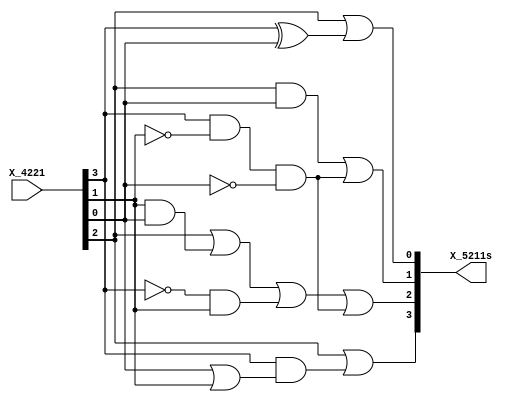
`timescale 1ns / 1ps
//////////////////////////////////////////////////////////////////////////////////
// Company: 
// Engineer: 
// 
// Design Name: 
// Module Name: BCD4221to5211s
// Project Name: 
// Target Devices: 
// Tool Versions: 
// Description: 
// 
// Dependencies: 
// 
// Revision:
// Revision 0.01 - File Created
// Additional Comments:
// 
//////////////////////////////////////////////////////////////////////////////////

module BCD4221to5211s(
    input [3:0] X_4221,
    output [3:0] X_5211s
    );

assign X_5211s[3] = X_4221[2] | (X_4221[3] & (X_4221[0] | X_4221[1]));
assign X_5211s[2] = X_4221[2] | (X_4221[1] & X_4221[0]) | (~X_4221[3] & X_4221[1]) |
                    (X_4221[3] & ~X_4221[1] & ~X_4221[0]);
assign X_5211s[1] = (X_4221[2] & X_4221[0]) | (X_4221[3] & ~X_4221[1] & ~X_4221[0]);
assign X_5211s[0] = X_4221[2] | (X_4221[3] ^ X_4221[0]);

endmodule